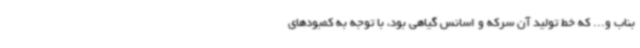
بناب و... که خط تولید آن سرکه و اسانس گیاهی بود، با توجه به کمبودهای